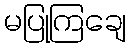
မပြုကြချေ